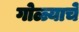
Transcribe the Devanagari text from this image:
गोळ्याचे